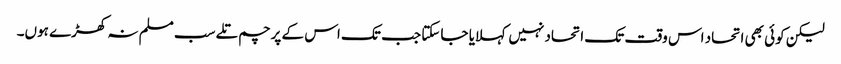
لیکن کوئی بھی اتحاد اس وقت تک اتحاد نہیں کہلایا جا سکتا جب تک اس کے پرچم تلے سب مسلم نہ کھڑے ہوں۔